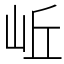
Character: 岴